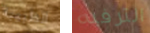
الطبيبة الترفيه